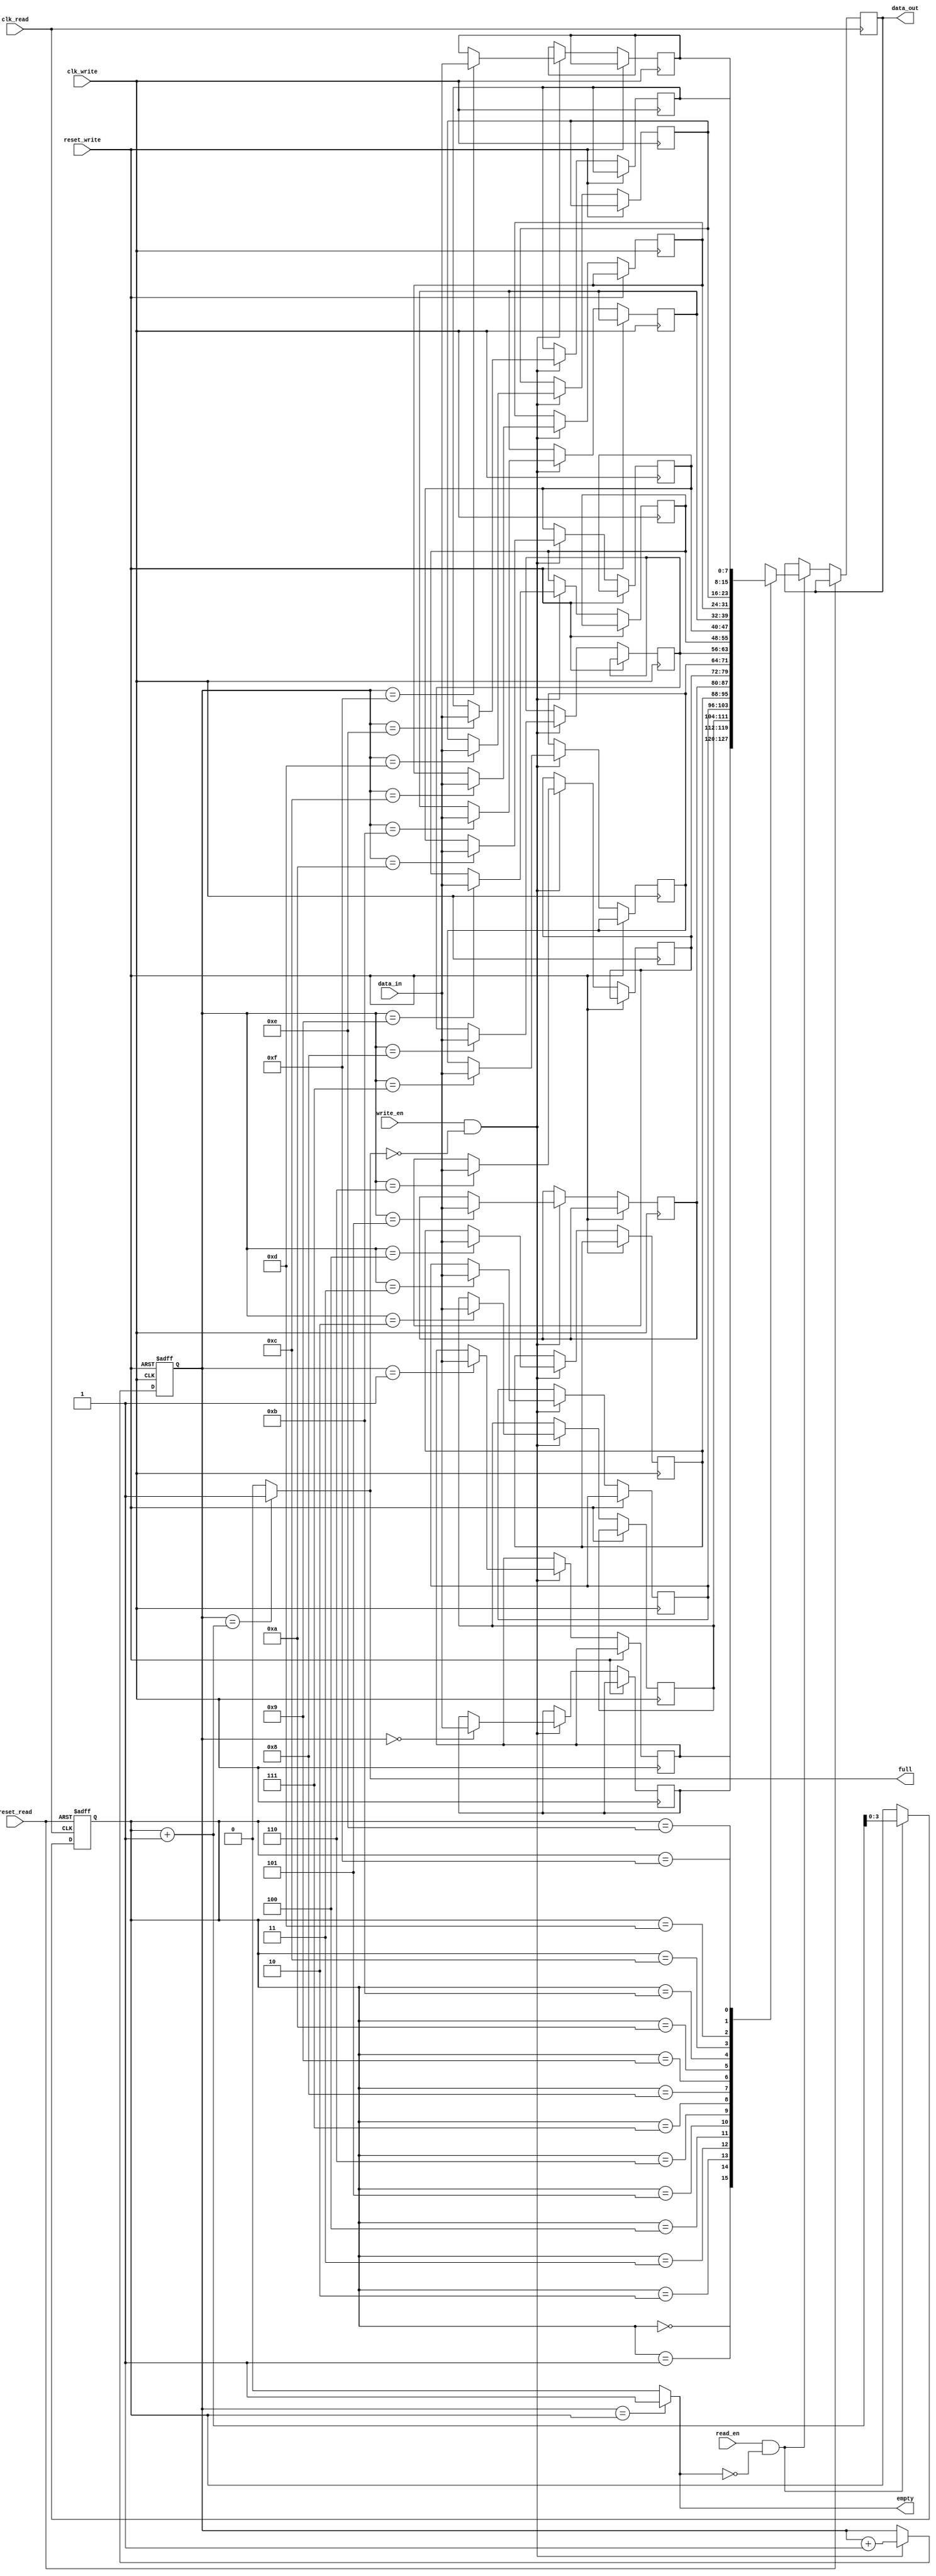
module asynchronous_fifo
  #(parameter DATA_WIDTH = 8,
    parameter ADDR_WIDTH = 4)
  (
    input wire clk_write,
    input wire reset_write,
    input wire write_en,
    input wire [DATA_WIDTH-1:0] data_in,
    input wire clk_read,
    input wire reset_read,
    input wire read_en,
    output wire [DATA_WIDTH-1:0] data_out,
    output wire full,
    output wire empty
  );

  reg [DATA_WIDTH-1:0] memory [2**ADDR_WIDTH-1:0];
  reg [ADDR_WIDTH-1:0] read_ptr;
  reg [ADDR_WIDTH-1:0] write_ptr;
  
  // Write process
  always @(posedge clk_write or posedge reset_write) begin
    if (reset_write) begin
      write_ptr <= 0;
    end else if (write_en && !full) begin
      memory[write_ptr] <= data_in;
      write_ptr <= write_ptr + 1;
    end
  end
  
  // Read process
  always @(posedge clk_read or posedge reset_read) begin
    if (reset_read) begin
      read_ptr <= 0;
    end else if (read_en && !empty) begin
      data_out <= memory[read_ptr];
      read_ptr <= read_ptr + 1;
    end
  end
  
  // Full and empty logic
  assign full = (write_ptr == (read_ptr + 1)) ? 1 : 0;
  assign empty = (write_ptr == read_ptr) ? 1 : 0;
  
endmodule